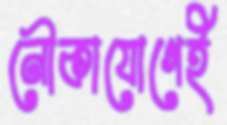
নৌকাযোগেই